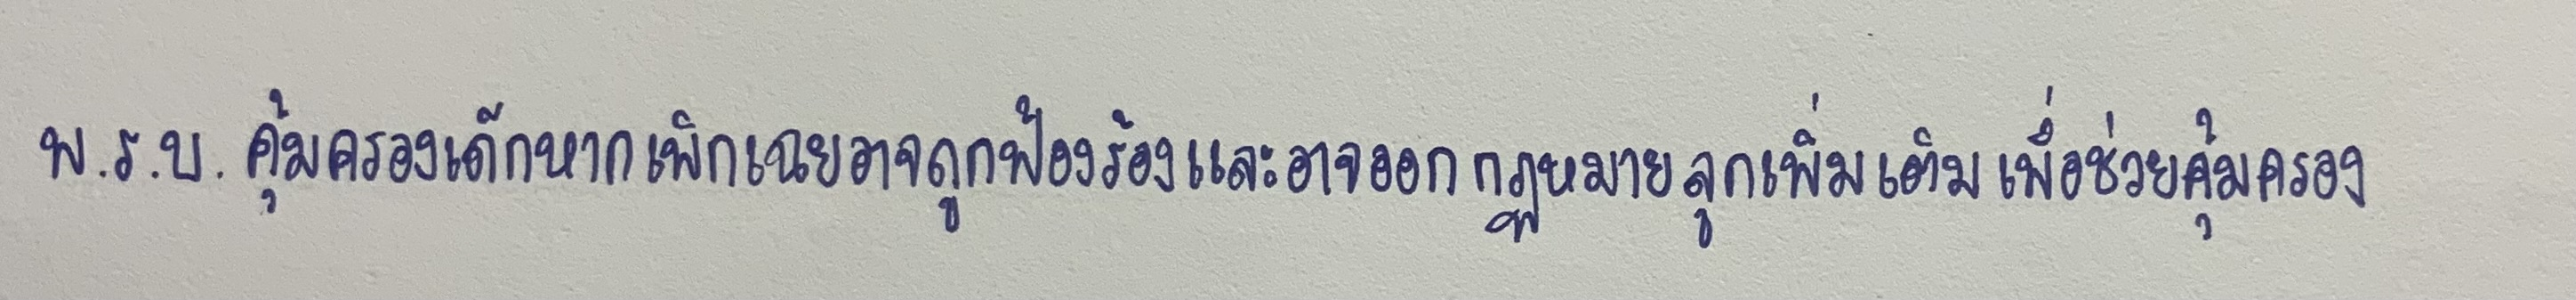
พ.ร.บ.คุ้มครองเด็กหากเพิกเฉยอาจถูกฟ้องร้องและอาจออกกฎหมายลูกเพิ่มเติมเพื่อช่วยคุ้มครอง